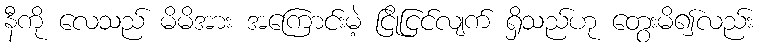
နီကို လေသည် မိမိအား အကြောင်းမဲ့ ငြိုငြင်လျက် ရှိသည်ဟု တွေးမိ၍လည်း